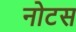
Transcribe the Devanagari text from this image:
नोटस